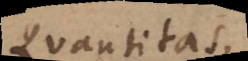
Quantitas.